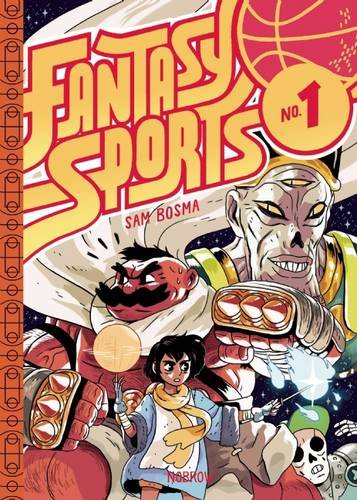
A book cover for Fantasy Sports; Comics & Graphic Novels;